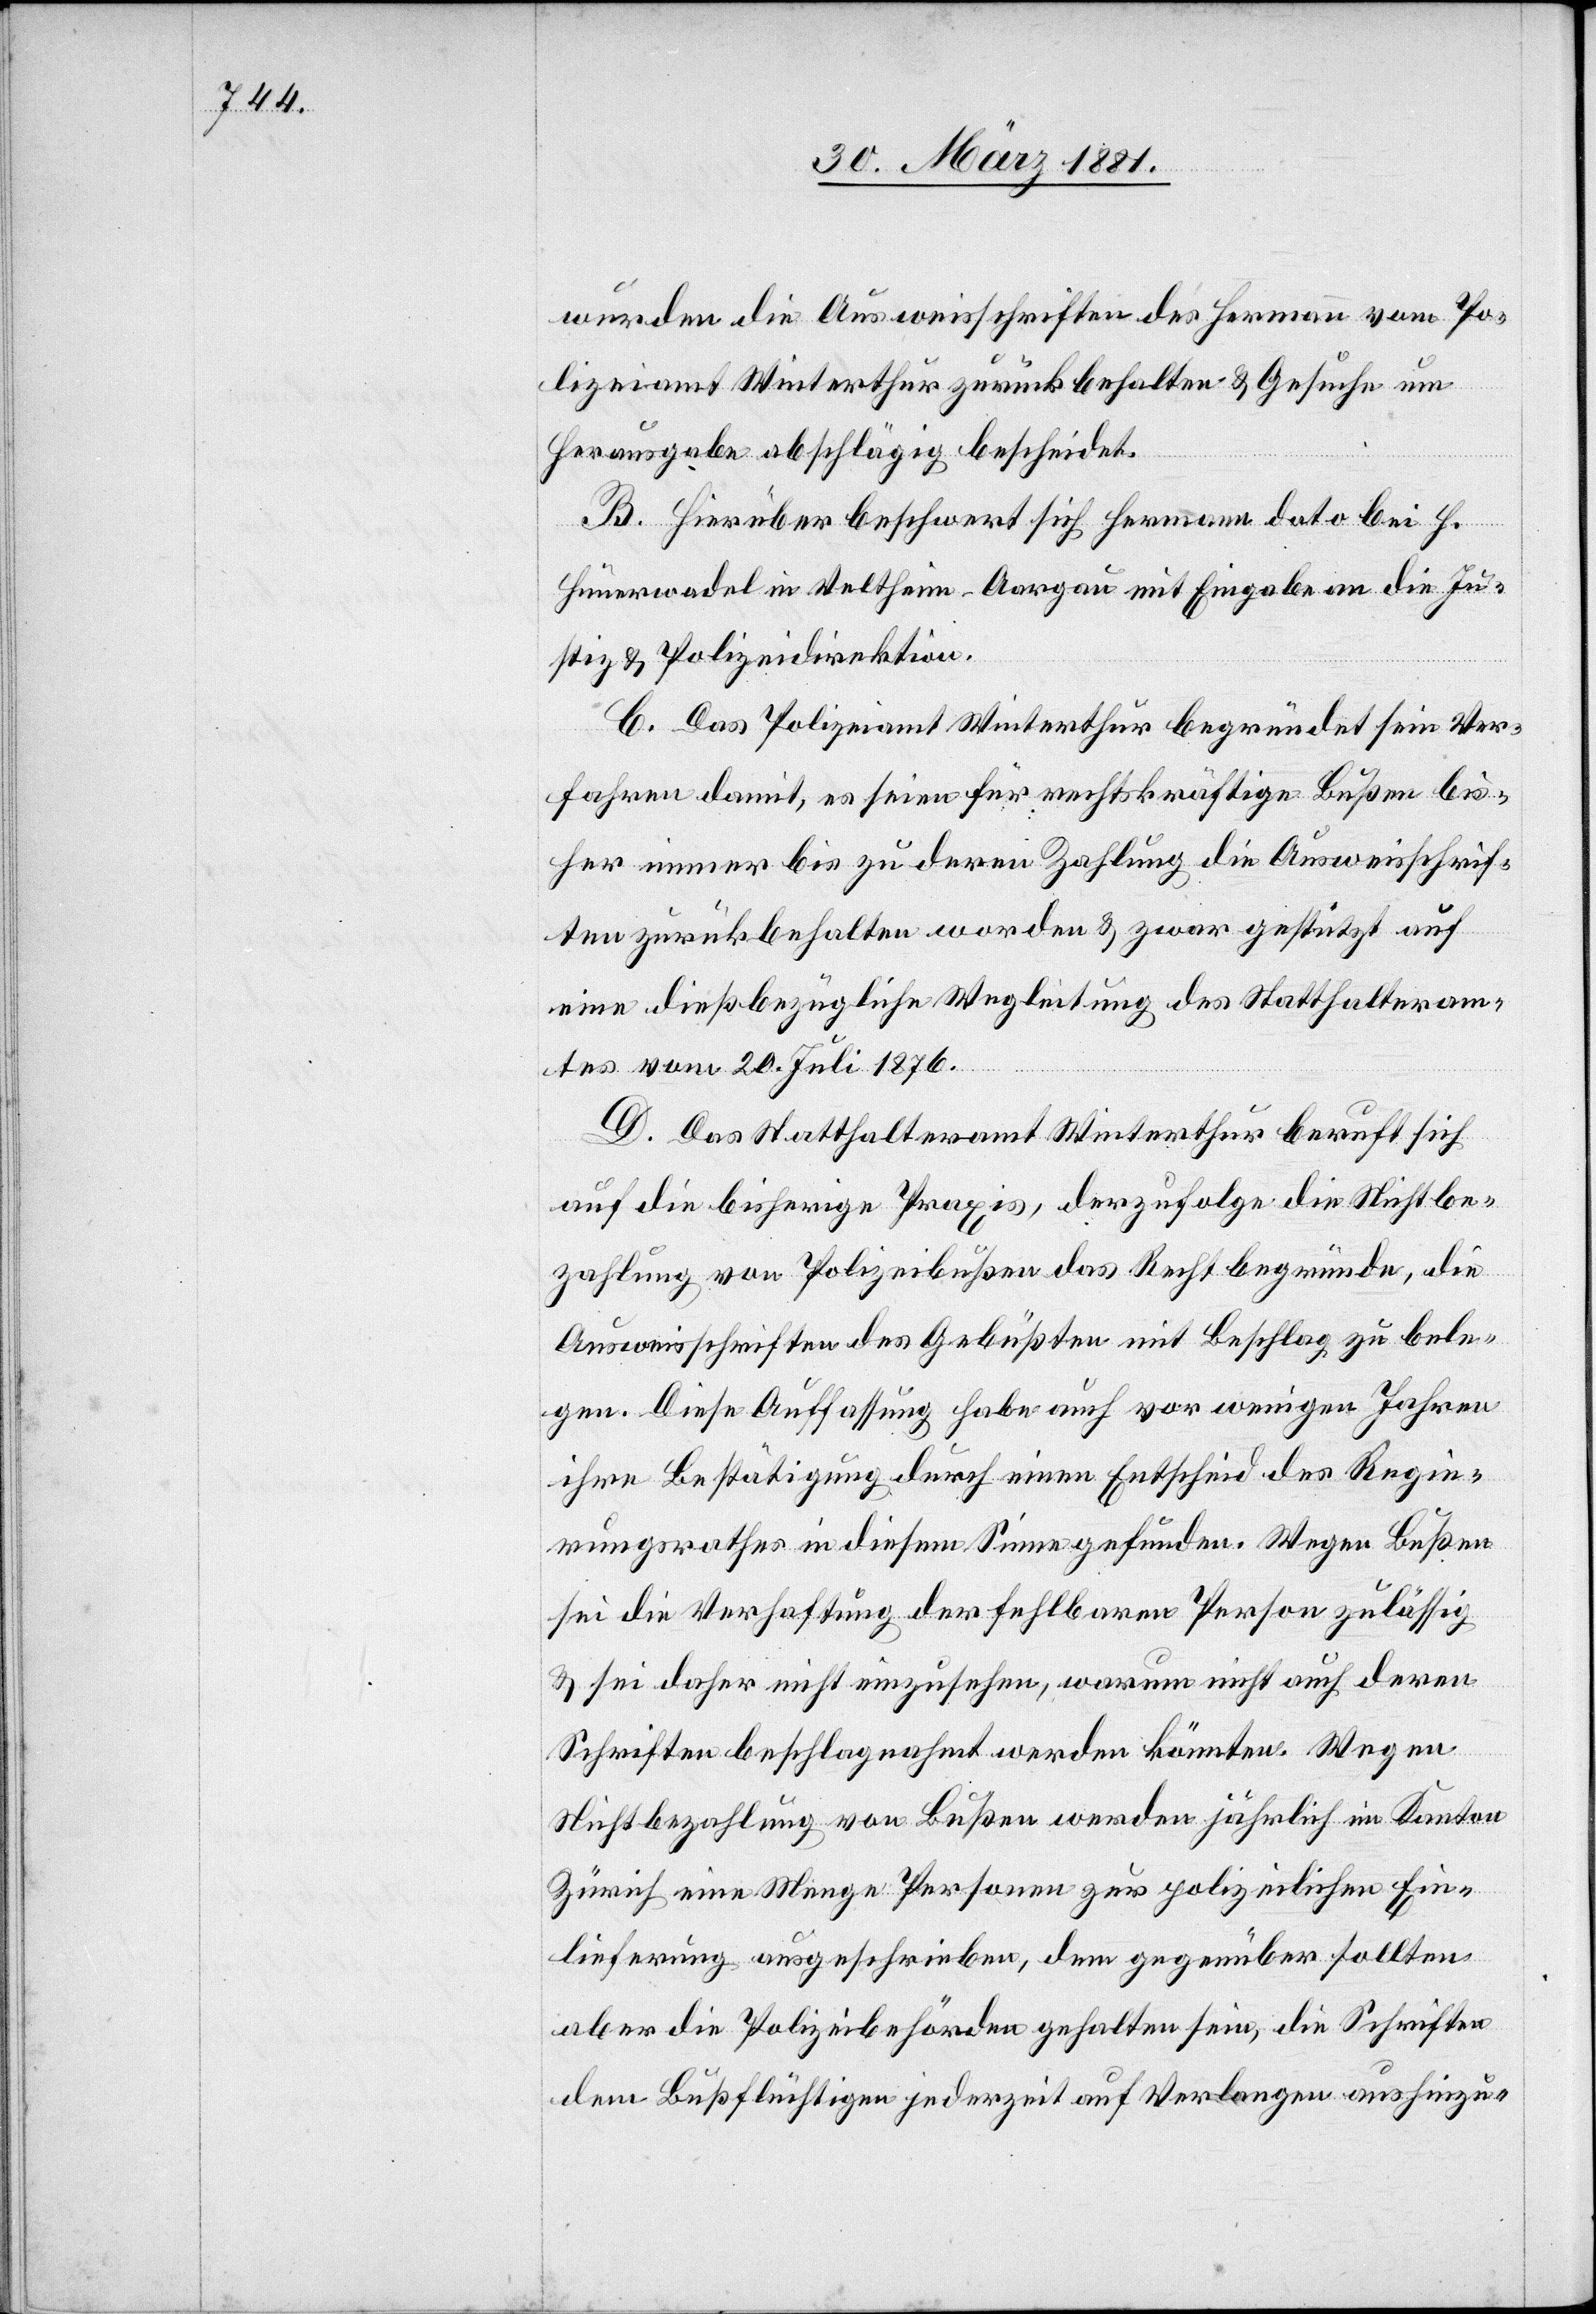
wurden die Ausweisschriften des Hermann vom Po¬
lizeiamt Winterthur zurückbehalten & Gesuche um
Herausgabe abschlägig bescheidet.
B. Hierüber beschwert sich Hermann dato bei H.
Hünerwadel in Veltheim - Aargau mit Eingabe an die Ju¬
stiz- & Polizeidirektion.
C. Das Polizeiamt Winterthur begründet sein Ver¬
fahren damit, es seien für rechtskräftige Bußen bis¬
her immer bis zu deren Zahlung die Ausweisschrif¬
ten zurückbehalten worden & zwar gestützt auf
eine dießbezügliche Wegleitung des Statthalteram¬
tes vom 20. Juli 1876.
D. Das Statthalteramt Winterthur beruft sich
auf die bisherige Praxis, derzufolge die Nichtbe¬
zahlung von Polizeibußen das Recht begründe, die
Ausweisschriften des Gebüßten mit Beschlag zu bele¬
gen. Diese Auffassung habe auch vor wenigen Jahren
ihre Bestätigung durch einen Entscheid des Regie¬
rungsrathes in diesem Sinne gefunden. Wegen Bußen
sei die Verhaftung der fehlbaren Person zulässig
& sei daher nicht einzusehen, warum nicht auch deren
Schriften beschlagnahmt werden könnten. Wegen
Nichtbezahlung von Bußen werden jährlich im Kanton
Zürich eine Menge Personen zur polizeilichen Ein¬
lieferung ausgeschrieben, dem gegenüber sollten
aber die Polizeibehörden gehalten sein, die Schriften
dem Bußflüchtigen jederzeit auf Verlangen aushinzu-